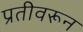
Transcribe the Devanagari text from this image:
प्रतीवरून